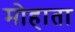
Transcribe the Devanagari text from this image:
मोहाता